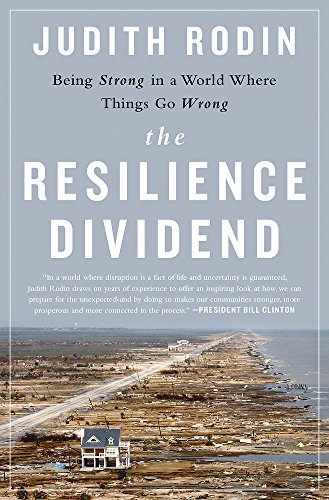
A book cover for The Resilience Dividend: Being Strong in a World Where Things Go Wrong; Judith Rodin; Politics & Social Sciences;